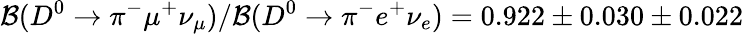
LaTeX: {\mathcal B}(D^{0}\to\pi^{-}\mu^{+}\nu_{\mu})/{\mathcal B}(D^{0}\to\pi^{-}e^{+}\nu_{e})=0.922\pm 0.030\pm 0.022